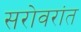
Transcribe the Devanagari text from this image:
सरोवरांत